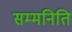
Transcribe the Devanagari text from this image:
सम्मनिति